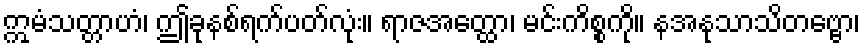
ဣမံသတ္တာဟံ၊ ဤခုနစ်ရက်ပတ်လုံး။ ရာဇအတ္ထော၊ မင်းကိစ္စကို။ နအနုသာသိတဗ္ဗော၊